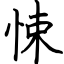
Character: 悚